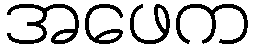
အဖေက